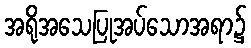
အရိုအသေပြုအပ်သောအရာ၌